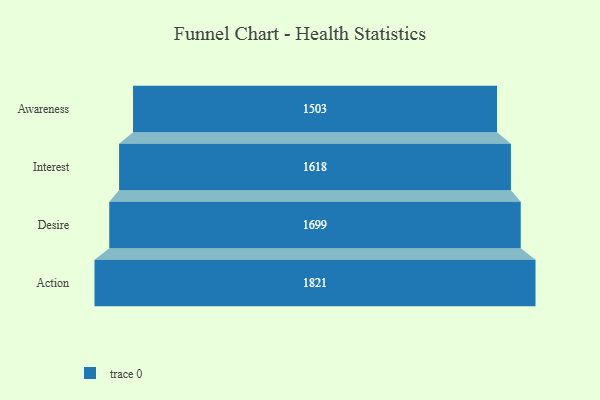
{"axis": {"x": "Stage", "y": "Value"}, "legend": [""], "data": [{"x": "Awareness", "y": 1503.0, "type": ""}, {"x": "Interest", "y": 1618.0, "type": ""}, {"x": "Desire", "y": 1699.0, "type": ""}, {"x": "Action", "y": 1821.0, "type": ""}]}